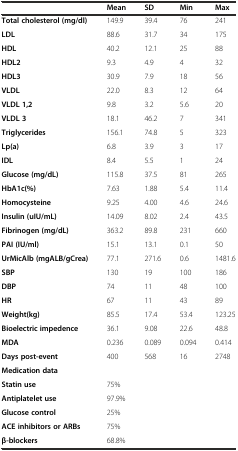
|  | Mean | SD | Min | Max |
 | --- | --- | --- | --- | --- |
 | Total cholesterol (mg/dl) | 149.9 | 39.4 | 76 | 241 |
 | LDL | 88.6 | 31.7 | 34 | 175 |
 | HDL | 40.2 | 12.1 | 25 | 88 |
 | HDL2 | 9.3 | 4.9 | 4 | 32 |
 | HDL3 | 30.9 | 7.9 | 18 | 56 |
 | VLDL | 22.0 | 8.3 | 12 | 64 |
 | VLDL 1,2 | 9.8 | 3.2 | 5.6 | 20 |
 | VLDL 3 | 18.1 | 46.2 | 7 | 341 |
 | Triglycerides | 156.1 | 74.8 | 5 | 323 |
 | Lp(a) | 6.8 | 3.9 | 3 | 17 |
 | IDL | 8.4 | 5.5 | 1 | 24 |
 | Glucose (mg/dL) | 115.8 | 37.5 | 81 | 265 |
 | HbA1c(%) | 7.63 | 1.88 | 5.4 | 11.4 |
 | Homocysteine | 9.25 | 4.00 | 4.6 | 24.6 |
 | Insulin (uIU/mL) | 14.09 | 8.02 | 2.4 | 43.5 |
 | Fibrinogen (mg/dL) | 363.2 | 89.8 | 231 | 660 |
 | PAI (IU/ml) | 15.1 | 13.1 | 0.1 | 50 |
 | UrMicAlb (mgALB/gCrea) | 77.1 | 271.6 | 0.6 | 1481.6 |
 | SBP | 130 | 19 | 100 | 186 |
 | DBP | 74 | 11 | 48 | 100 |
 | HR | 67 | 11 | 43 | 89 |
 | Weight(kg) | 85.5 | 17.4 | 53.4 | 123.25 |
 | Bioelectric impedence | 36.1 | 9.08 | 22.6 | 48.8 |
 | MDA | 0.236 | 0.089 | 0.094 | 0.414 |
 | Days post-event | 400 | 568 | 16 | 2748 |
 | <COLSPAN=5> Medication data |
 | Statin use | <COLSPAN=4> 75% |
 | Antiplatelet use | <COLSPAN=4> 97.9% |
 | Glucose control | <COLSPAN=4> 25% |
 | ACE inhibitors or ARBs | <COLSPAN=4> 75% |
 | β-blockers | <COLSPAN=4> 68.8% |